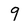
Character: 9